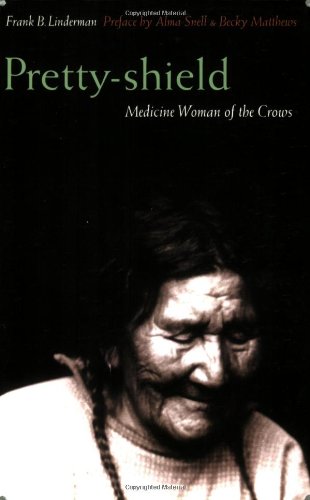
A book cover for Pretty-shield (Second Edition): Medicine Woman of the Crows (Second Edition); Frank B. Linderman; Biographies & Memoirs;